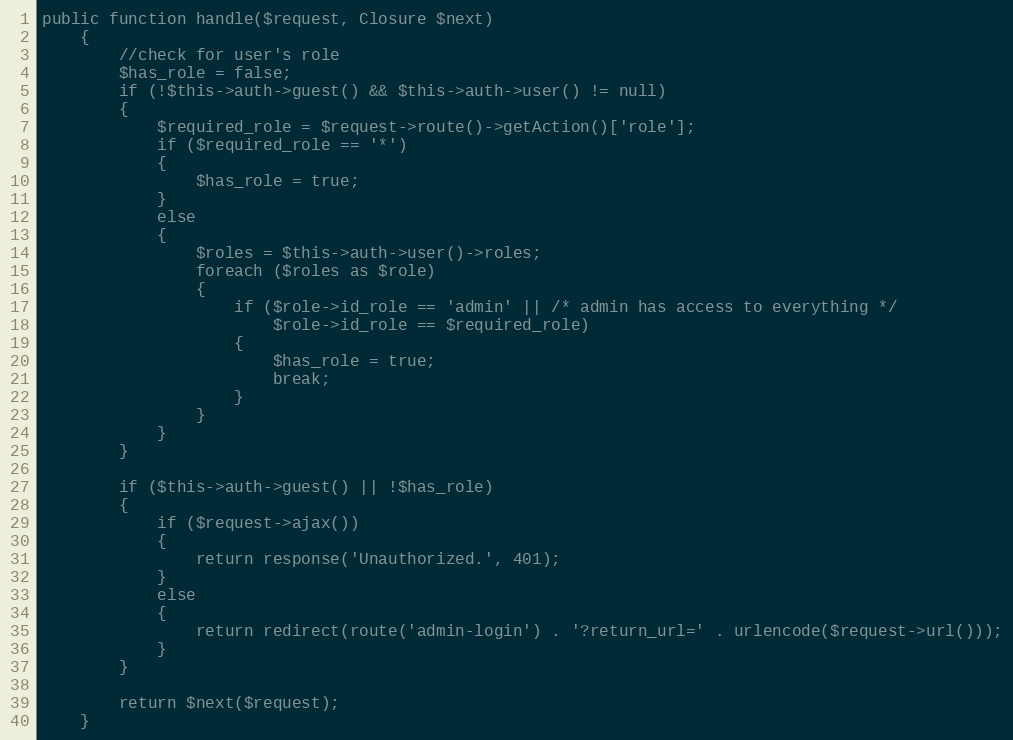
Language: PHP
public function handle($request, Closure $next)
	{
		//check for user's role
		$has_role = false;
		if (!$this->auth->guest() && $this->auth->user() != null)
		{
			$required_role = $request->route()->getAction()['role'];
			if ($required_role == '*')
			{
				$has_role = true;
			}
			else
			{
				$roles = $this->auth->user()->roles;
				foreach ($roles as $role)
				{
					if ($role->id_role == 'admin' || /* admin has access to everything */
						$role->id_role == $required_role)
					{
						$has_role = true;
						break;
					}
				}
			}
		}

		if ($this->auth->guest() || !$has_role)
		{
			if ($request->ajax())
			{
				return response('Unauthorized.', 401);
			}
			else
			{
				return redirect(route('admin-login') . '?return_url=' . urlencode($request->url()));
			}
		}

		return $next($request);
	}